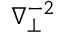
\nabla _ { \perp } ^ { - 2 }